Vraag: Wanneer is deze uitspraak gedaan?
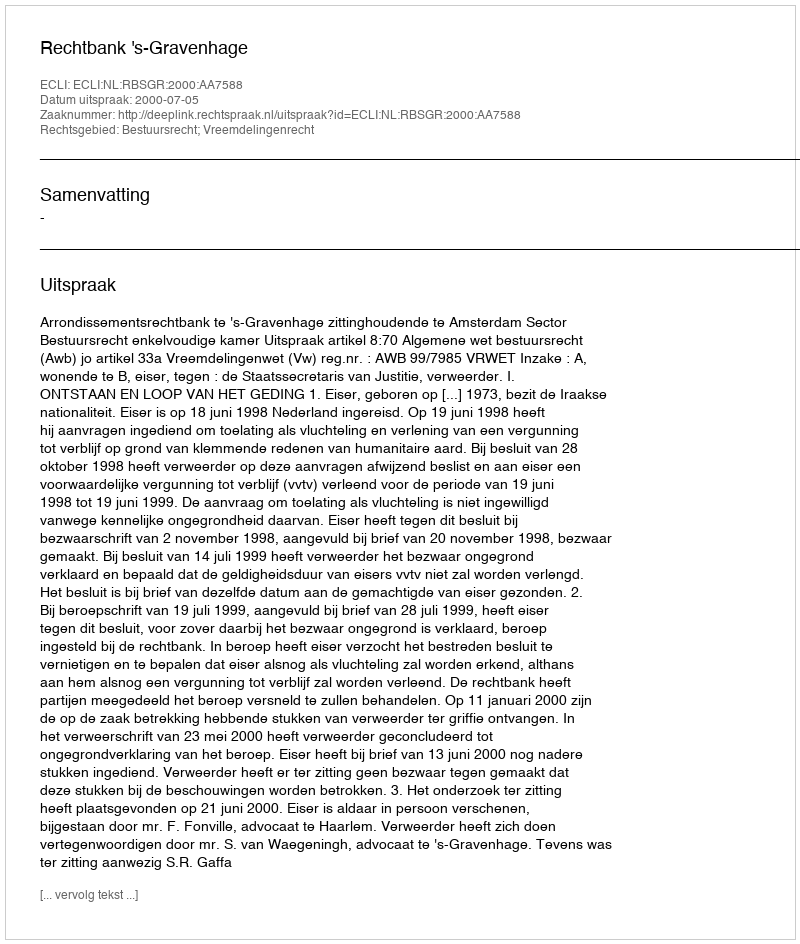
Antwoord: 2000-07-05